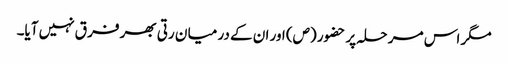
مگر اس مر حلہ پر حضور (ص) اور ان کے در میا ن رتی بھر فر ق نہیں آیا۔